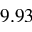
9 . 9 3